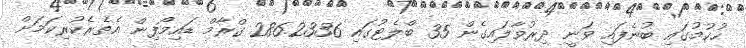
ހުކުމުގައި ބުނެފައި ވަނީ ދިރުވާލައިގެން 35 ބްލެޓުގައި 286.2336 ގްރާމް ޑައިމޯފިން އެތެރެކުރިކަމަށް